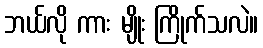
ဘယ်လို ကား မျိုး ကြိုက်သလဲ။